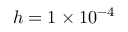
h = 1 \times 1 0 ^ { - 4 }